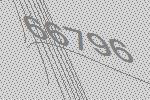
66796